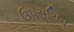
ઉપસચિવ